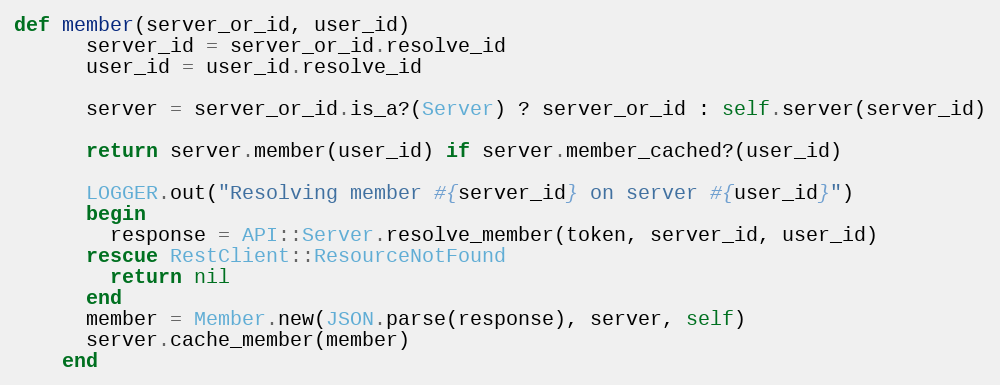
Language: Ruby
def member(server_or_id, user_id)
      server_id = server_or_id.resolve_id
      user_id = user_id.resolve_id

      server = server_or_id.is_a?(Server) ? server_or_id : self.server(server_id)

      return server.member(user_id) if server.member_cached?(user_id)

      LOGGER.out("Resolving member #{server_id} on server #{user_id}")
      begin
        response = API::Server.resolve_member(token, server_id, user_id)
      rescue RestClient::ResourceNotFound
        return nil
      end
      member = Member.new(JSON.parse(response), server, self)
      server.cache_member(member)
    end